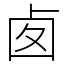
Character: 𠧧